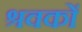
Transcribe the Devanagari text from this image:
श्रवकों